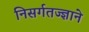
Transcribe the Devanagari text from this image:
निसर्गतज्‍ज्ञाने